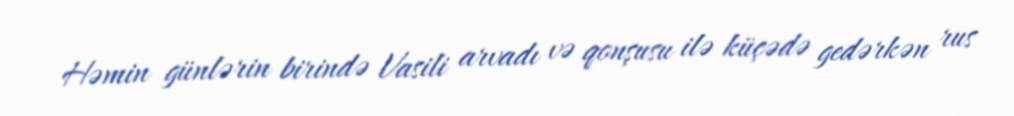
Həmin günlərin birində Vasili arvadı və qonşusu ilə küçədə gedərkən rus